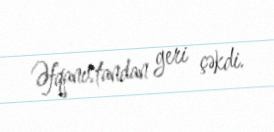
Əfqanıstandan geri çəkdi.